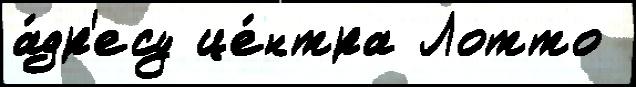
а́др'есу це́нтра Лотто